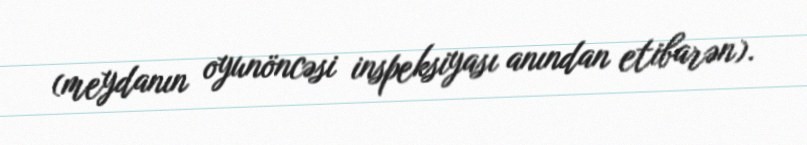
(meydanın oyunöncəsi inspeksiyası anından etibarən).